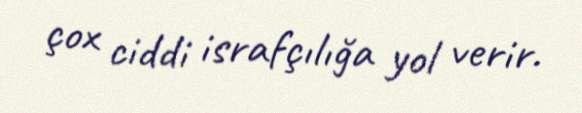
çox ciddi israfçılığa yol verir.